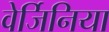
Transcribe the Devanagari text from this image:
वेर्जिनिया